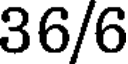
36/6